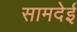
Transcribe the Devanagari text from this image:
सामदेई